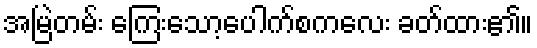
အမြဲတမ်း ကြေးသော့ပေါက်စကလေး ခတ်ထား၏။